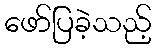
ဖော်ပြခဲ့သည့်